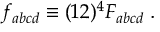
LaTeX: f _ { a b c d } \equiv ( 1 2 ) ^ { 4 } F _ { a b c d } \; .